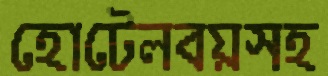
হোটেলবয়সহ